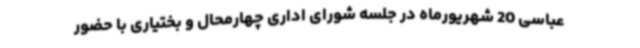
عباسی 20 شهریورماه در جلسه شورای اداری چهارمحال و بختیاری با حضور